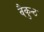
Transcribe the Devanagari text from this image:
वैकुन्ठ